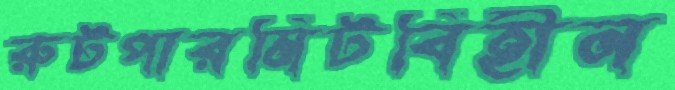
রুটপারমিটবিহীন